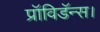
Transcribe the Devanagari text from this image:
प्रॉविडॅन्स।